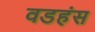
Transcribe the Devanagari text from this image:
वडहंस